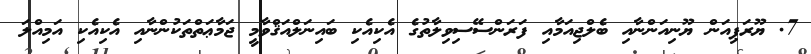
7. ޔޫރަޕިއަން ޔޫނިއަންނާއި ބެލްޖިއަމާއި ފަރަންސޭސިވިލާތުގެ އެކިއެކި ބައިނަލްއަޤްވާމީ ޖަމާޢަތްތަކުންނާއި އެކިއެކި އަމިއްލަ